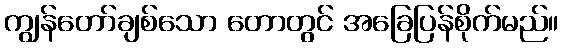
ကျွန်တော်ချစ်သော တောတွင် အခြေပြန်စိုက်မည်။